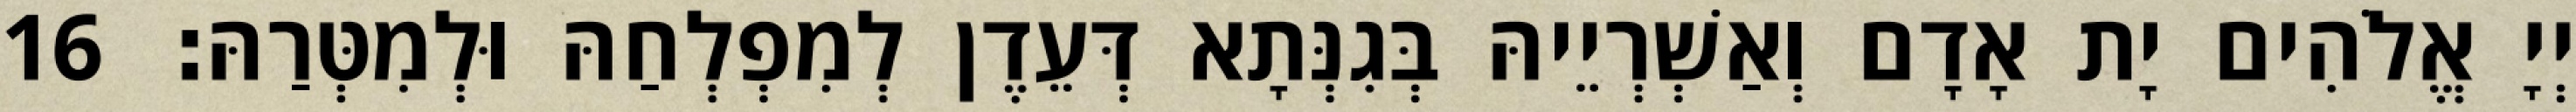
יְיָ אֱלֹהִים יָת אָדָם וְאַשְׁרְיֵיהּ בְּגִנְּתָא דְּעֵדֶן לְמִפְלְחַהּ וּלְמִטְּרַהּ׃ 16